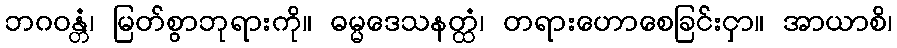
ဘဂဝန္တံ၊ မြတ်စွာဘုရားကို။ ဓမ္မဒေသနတ္ထံ၊ တရားဟောစေခြင်းငှာ။ အာယာစိ၊